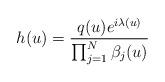
LaTeX: \begin{align*} h(u) = \frac{q(u) e^{i\lambda(u)}}{\prod_{j=1}^N \beta_j(u)} \end{align*}